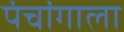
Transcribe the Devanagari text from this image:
पंचांगाला